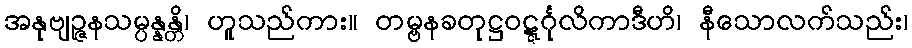
အနုဗျဉ္ဇနသမ္ပန္နန္တိ၊ ဟူသည်ကား။ တမ္ဗနခတုဋ္ဌဝဋ္ဋင်္ဂုလိကာဒီဟိ၊ နီသောလက်သည်း၊